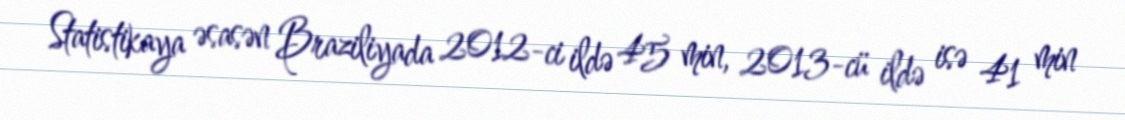
Statistikaya əsasən Braziliyada 2012-ci ildə 45 min, 2013-cü ildə isə 41 min